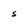
Character: S